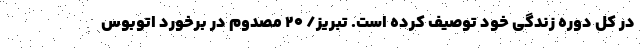
در کل دوره زندگی خود توصیف کرده است. تبریز/ ۲۰ مصدوم در برخورد اتوبوس